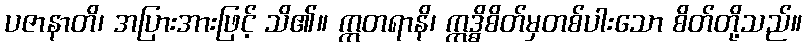
ပဇာနာတိ၊ အပြားအားဖြင့် သိ၏။ ဣတရာနိ၊ ဣဒ္ဓိစိတ်မှတစ်ပါးသော စိတ်တို့သည်။